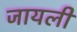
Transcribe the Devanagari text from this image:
जायली